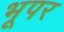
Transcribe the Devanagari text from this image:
भूपर